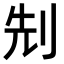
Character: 𠜎